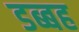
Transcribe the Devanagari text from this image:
डब्बह